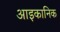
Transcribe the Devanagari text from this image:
आइकानिक